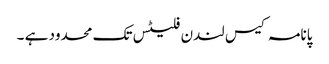
پانامہ کیس لندن فلیٹس تک محدود ہے ۔